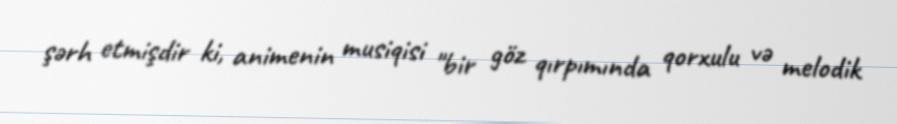
şərh etmişdir ki, animenin musiqisi "bir göz qırpımında qorxulu və melodik